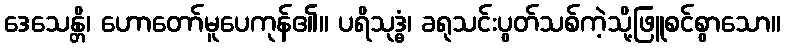
ဒေသေန္တိ၊ ဟောတော်မူပေကုန်၏။ ပရိသုဒ္ဓံ၊ ခရုသင်းပွတ်သစ်ကဲ့သို့ဖြူစင်စွာသော။